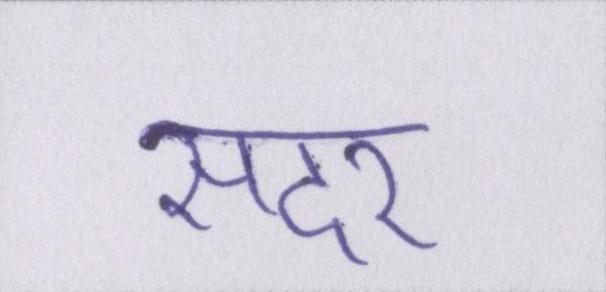
सदर